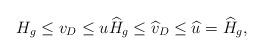
LaTeX: \begin{align*} H_g \leq v_D \leq u \widehat H_g \leq \widehat v_D \leq \widehat u = \widehat H_g,\end{align*}